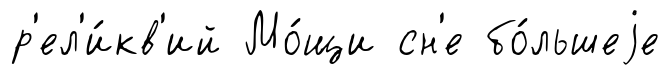
р'ел'и́кв'ий Мо́щи сн'е бо́льшеjе